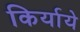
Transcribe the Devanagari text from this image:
किर्याये